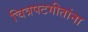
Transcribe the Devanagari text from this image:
चित्रपटगीतांना